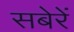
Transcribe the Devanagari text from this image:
सबेरें